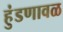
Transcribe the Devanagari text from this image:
हुंडणावळ